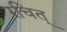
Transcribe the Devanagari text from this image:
रचित्